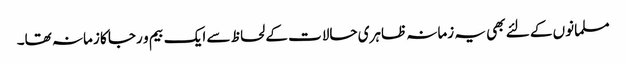
مسلمانوں کے لئے بھی یہ زمانہ ظاہری حالات کے لحاظ سے ایک بیم و رجا کا زمانہ تھا۔